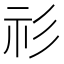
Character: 𥘎